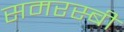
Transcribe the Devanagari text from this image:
समरस्बी